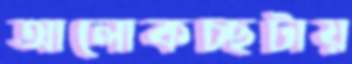
আলোকচ্ছটায়